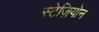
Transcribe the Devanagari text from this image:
स्टेज़ियोन